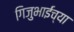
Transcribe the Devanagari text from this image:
गिजुभाईंच्या